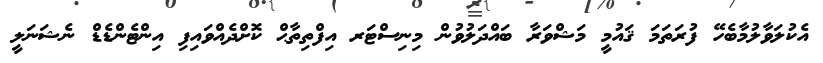
އެކުލަވާލުމާބެހޭ ފުރަތަމަ ޤައުމީ މަޝްވަރާ ބައްދަލުވުން މިނިސްޓަރ އިފްތިތާޙް ކޮށްދެއްވައިފި އިންޓެންޑެޑް ނެޝަނަލީ